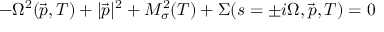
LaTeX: - \Omega ^ { 2 } ( \vec { p } , T ) + | \vec { p } | ^ { 2 } + M _ { \sigma } ^ { 2 } ( T ) + \Sigma ( s = \pm i \Omega , \vec { p } , T ) = 0